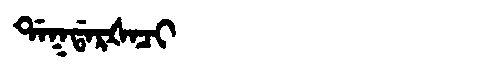
Manchu: ᡩᠠᡴᡩᠠᡵᡧᠠᠴᡳ
Romanization: DAKDARŠACI